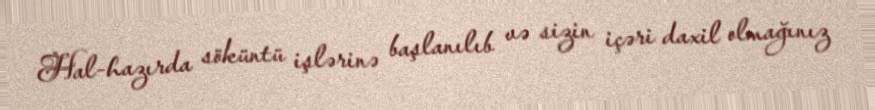
Hal-hazırda söküntü işlərinə başlanılıb və sizin içəri daxil olmağınız